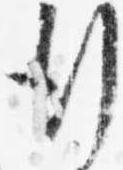
行